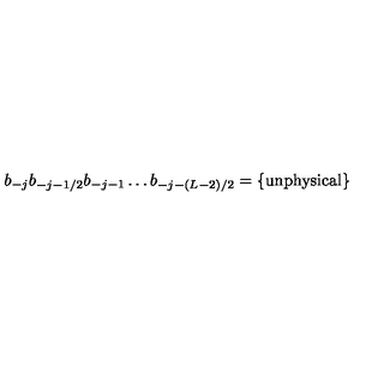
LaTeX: b _ { - j } b _ { - j - 1 / 2 } b _ { - j - 1 } \ldots b _ { - j - ( L - 2 ) / 2 } = \{ \mathrm { u n p h y s i c a l } \}